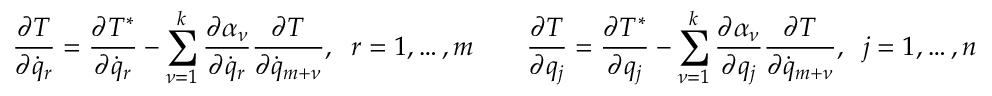
\frac { \partial T } { \partial { \dot { q } } _ { r } } = \frac { \partial T ^ { * } } { \partial { \dot { q } } _ { r } } - \sum _ { \nu = 1 } ^ { k } \frac { \partial \alpha _ { \nu } } { \partial { \dot { q } } _ { r } } \frac { \partial T } { \partial { \dot { q } } _ { m + \nu } } , \; \; r = 1 , \dots , m \qquad \frac { \partial T } { \partial q _ { j } } = \frac { \partial T ^ { * } } { \partial q _ { j } } - \sum _ { \nu = 1 } ^ { k } \frac { \partial \alpha _ { \nu } } { \partial q _ { j } } \frac { \partial T } { \partial { \dot { q } } _ { m + \nu } } , \; \; j = 1 , \dots , n